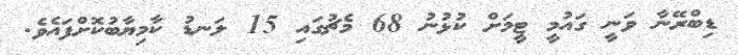
ޑިބްރޭނާ ވަނީ ގައުމީ ޓީމަށް ކުޅުނު 68 މެޗުގައި 15 ލަނޑު ކާމިޔާބުކޮށްފައެވެ.